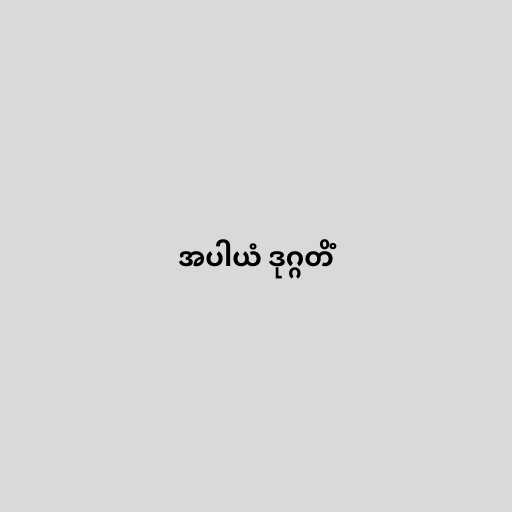
အပါယံ ဒုဂ္ဂတိံ